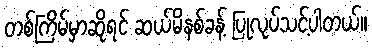
တစ်ကြိမ်မှာဆိုရင် ဆယ်မိနစ်ခန့် ပြုလုပ်သင့်ပါတယ်။